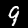
Digit: 9